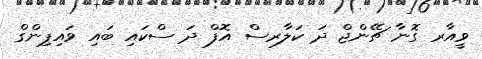
ވީއާރ ގޮނާ ޗޭންޖް ދަ ކަލާރސް އޮފް ދަ ސްކައި ބައި ވައިޕިންގް